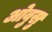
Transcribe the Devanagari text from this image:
ओवुसु